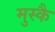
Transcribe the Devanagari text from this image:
मुस्कै